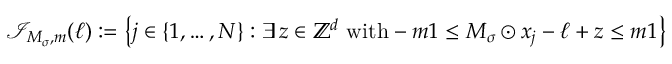
\mathcal I _ { \boldsymbol M _ { \boldsymbol \sigma } , m } ( \boldsymbol \ell ) : = \left\{ j \in \left\{ 1 , \dots , N \right\} : \exists \, \boldsymbol z \in \mathbb Z ^ { d } \ \mathrm { w i t h } - m \boldsymbol 1 \leq \boldsymbol M _ { \boldsymbol \sigma } \odot \boldsymbol x _ { j } - \boldsymbol \ell + \boldsymbol z \leq m \boldsymbol 1 \right\}